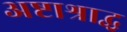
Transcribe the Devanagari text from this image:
अष्टाश्राद्ध